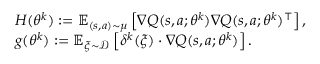
\begin{array} { r l } & { H ( \theta ^ { k } ) : = \mathbb { E } _ { ( s , a ) \sim \mu } \left[ \nabla Q ( s , a ; \theta ^ { k } ) \nabla Q ( s , a ; \theta ^ { k } ) ^ { \top } \right] , } \\ & { g ( \theta ^ { k } ) : = \mathbb { E } _ { \xi \sim \mathcal { D } } \left[ \delta ^ { k } ( \xi ) \cdot \nabla Q ( s , a ; \theta ^ { k } ) \right] . } \end{array}